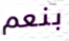
بنعم